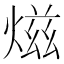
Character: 𤍏